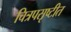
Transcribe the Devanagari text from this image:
चित्रपसृष्टीत